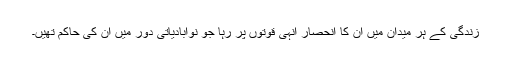
زندگی کے ہر میدان میں ان کا انحصار انہی قوتوں پر رہا جو نوآبادیاتی دور میں ان کی حاکم تھیں۔